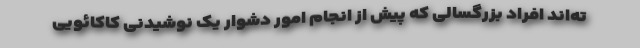
ته‌اند افراد بزرگسالی که پیش از انجام امور دشوار یک نوشیدنی کاکائویی